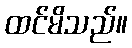
ထင်မိသည်။